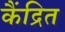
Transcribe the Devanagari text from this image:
कैंद्रित